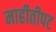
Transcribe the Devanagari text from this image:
माहीतीपट